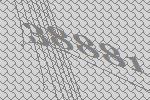
38881